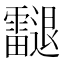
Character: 𨙝